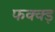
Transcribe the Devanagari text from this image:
फक्क्ड़